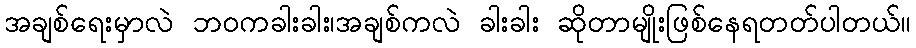
အချစ်ရေးမှာလဲ ဘဝကခါးခါး၊အချစ်ကလဲ ခါးခါး ဆိုတာမျိုးဖြစ်နေရတတ်ပါတယ်။